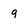
Character: 9